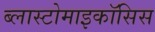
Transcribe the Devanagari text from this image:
ब्लास्टोमाइकॉसिस